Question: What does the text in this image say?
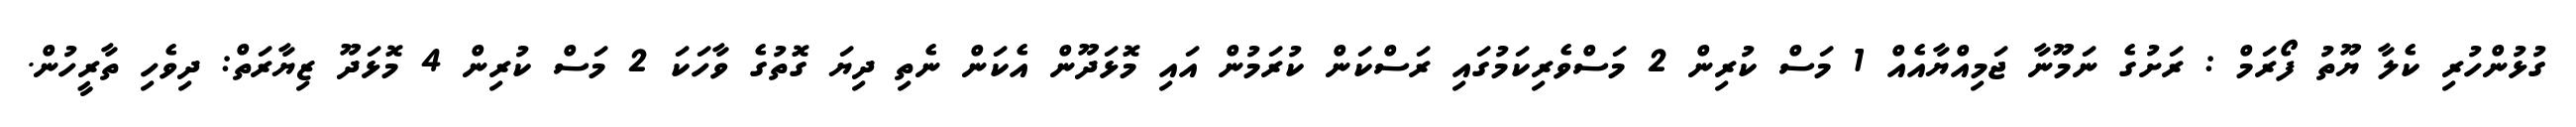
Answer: ގުޅުންހުރި ކެލާ ޔޫތު ފޯރަމް : ރަށުގެ ނަމޫނާ ޖަމިއްޔާއެއް 1 މަސް ކުރިން 2 މަސްވެރިކަމުގައި ރަސްކަން ކުރަމުން އައި މޮޅަދޫން އެކަން ނެތި ދިޔަ ގޮތުގެ ވާހަކަ 2 މަސް ކުރިން 4 މޮޅަދޫ ޒިޔާރަތް: ދިވެހި ތާރީހުން.